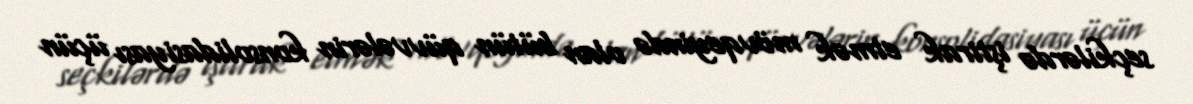
seçkilərdə iştirak etmək mövqeyində olan bütün qüvvələrin konsolidasiyası üçün